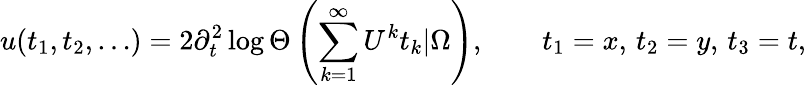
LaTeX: u(t_{1},t_{2},\ldots)=2\partial_{t}^{2}\log\Theta\left(\sum_{k=1}^{\infty}U^{k}t_{k}|\Omega\right),\qquad t_{1}=x,\, t_{2}=y,\, t_{3}=t,